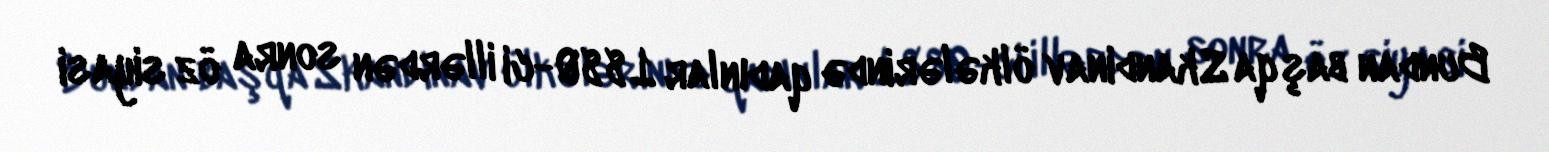
Bundan başqa Skandinav ölkələrində qadınlar 1880-ci illərdən sonra öz siyasi